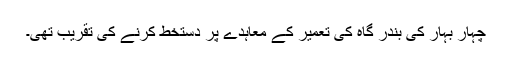
چہار بہار کی بندر گاہ کی تعمیر کے معاہدے پر دستخط کرنے کی تقریب تھی۔